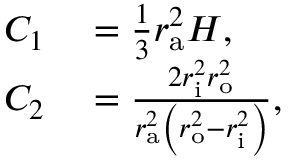
\begin{array} { r l } { C _ { 1 } } & { { } = { \frac { 1 } { 3 } } r _ { \mathrm { a } } ^ { 2 } H , } \\ { C _ { 2 } } & { { } = { \frac { 2 r _ { \mathrm { i } } ^ { 2 } r _ { \mathrm { o } } ^ { 2 } } { r _ { \mathrm { a } } ^ { 2 } \left( r _ { \mathrm { o } } ^ { 2 } - r _ { \mathrm { i } } ^ { 2 } \right) } } , } \end{array}